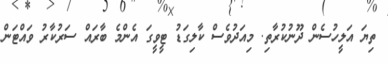
ތިޔަ އަލީހުސެން ދޫނުކުރާތި. މިއަދުވެސް ކާލިގަޑު ޓީވީގަ އެންމެ ބާރައް ސަރުކާރު ވައްޓަން